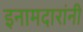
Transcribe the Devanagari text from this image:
इनामदारांनी